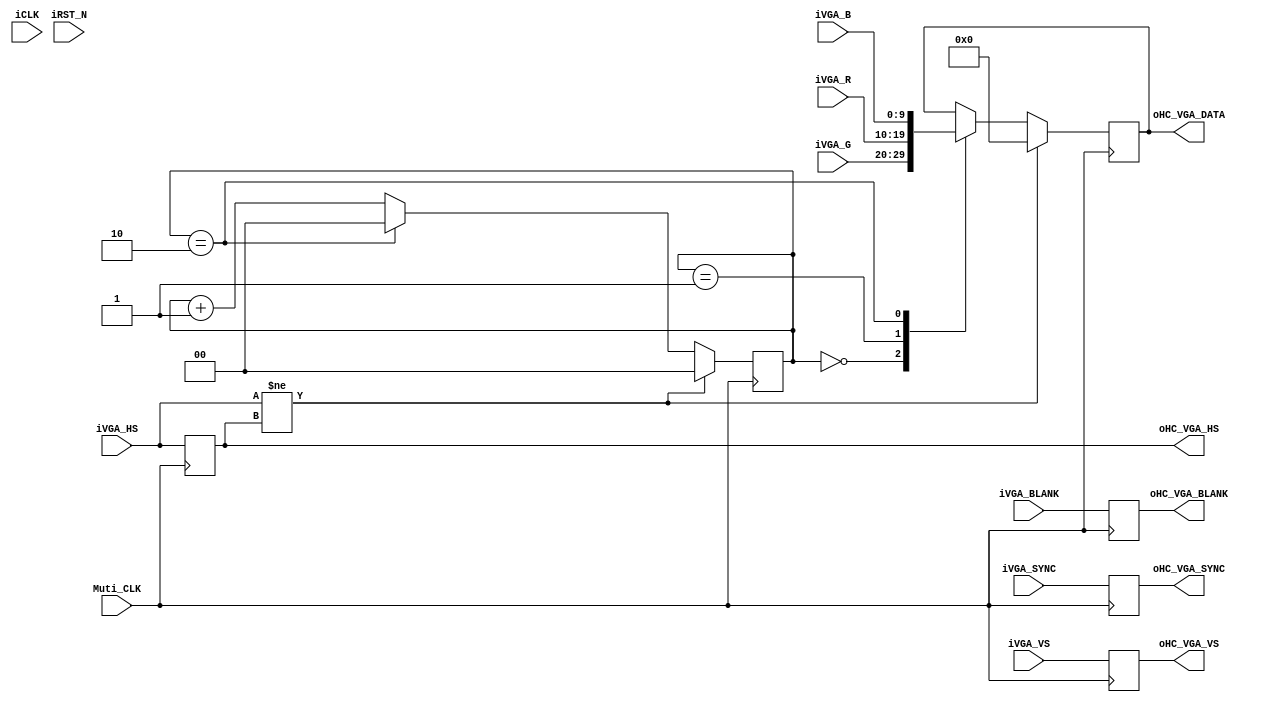
// --------------------------------------------------------------------
// Copyright (c) 2007 by Terasic Technologies Inc. 
// --------------------------------------------------------------------
//
// Permission:
//
//   Terasic grants permission to use and modify this code for use
//   in synthesis for all Terasic Development Boards and Altera Development 
//   Kits made by Terasic.  Other use of this code, including the selling 
//   ,duplication, or modification of any portion is strictly prohibited.
//
// Disclaimer:
//
//   This VHDL/Verilog or C/C++ source code is intended as a design reference
//   which illustrates how these types of functions can be implemented.
//   It is the user's responsibility to verify their design for
//   consistency and functionality through the use of formal
//   verification methods.  Terasic provides no warranty regarding the use 
//   or functionality of this code.
//
// --------------------------------------------------------------------
//           
//                     Terasic Technologies Inc
//                     356 Fu-Shin E. Rd Sec. 1. JhuBei City,
//                     HsinChu County, Taiwan
//                     302
//
//                     web: http://www.terasic.com/
//
// --------------------------------------------------------------------
//
// Major Functions:	HMB VGA RGB data encoder
//
// --------------------------------------------------------------------
//
// Revision History :
// --------------------------------------------------------------------
//   Ver  :| Author            			:| Mod. Date :| Changes Made:
//   V1.0 :| Johnny Fan	:| 07/5/10  	:| Initial Revision
									   	
// --------------------------------------------------------------------
module VGA_DATA_ENCODE ( // input
						iCLK,
						Muti_CLK,
						iVGA_R,
						iVGA_G,			
						iVGA_B,
						iRST_N,
						iVGA_HS,		
						iVGA_VS,		
						iVGA_BLANK,
						iVGA_SYNC,	
						// output
						oHC_VGA_DATA,
						oHC_VGA_HS,
						oHC_VGA_VS,
						oHC_VGA_BLANK,
						oHC_VGA_SYNC
						
						);
						
////////////   I/O declare  /////////////////
input			iCLK;  // 25M hz
input			Muti_CLK; // 75M hz
input	[9:0]	iVGA_R;
input	[9:0]	iVGA_G;
input	[9:0]	iVGA_B;
input			iRST_N;						
input			iVGA_HS;
input			iVGA_VS;
input			iVGA_BLANK;
input			iVGA_SYNC;
output	[9:0]	oHC_VGA_DATA;	
output			oHC_VGA_HS;
output			oHC_VGA_VS;
output			oHC_VGA_BLANK;
output			oHC_VGA_SYNC;

//////////////////////////////////////////////

reg		[1:0]	PISO_cnt;
reg		[9:0]	PISO_RGB;
wire	[9:0]	oHC_VGA_DATA;
reg				oHC_VGA_HS;
reg				oHC_VGA_VS;
reg				oHC_VGA_BLANK;
reg				oHC_VGA_SYNC;

assign	 oHC_VGA_DATA	= 	PISO_RGB;

always@(posedge Muti_CLK)
	begin
		oHC_VGA_HS   	<= 	iVGA_HS;
		oHC_VGA_VS  	<=	iVGA_VS;
		oHC_VGA_BLANK 	<=	iVGA_BLANK;
		oHC_VGA_SYNC 	<=	iVGA_SYNC;
	end	

assign	psio_cnt_rst_p = (iVGA_HS!= oHC_VGA_HS);

/////////////// RGB DATA PISO ////////////////////////
always@(posedge Muti_CLK)
begin
	if (psio_cnt_rst_p)
		PISO_cnt <= 0;
	else if (PISO_cnt == 2)
		PISO_cnt <= 0;
	else
		PISO_cnt <= PISO_cnt + 1;		
end

always@(posedge Muti_CLK)
begin
	if (psio_cnt_rst_p)
		PISO_RGB <= 0;
	else
	begin
	case(PISO_cnt)
		2'b00 : PISO_RGB <= iVGA_G;
		2'b01 : PISO_RGB <= iVGA_R;
		2'b10 : PISO_RGB <= iVGA_B;	
	endcase
	end
end

endmodule